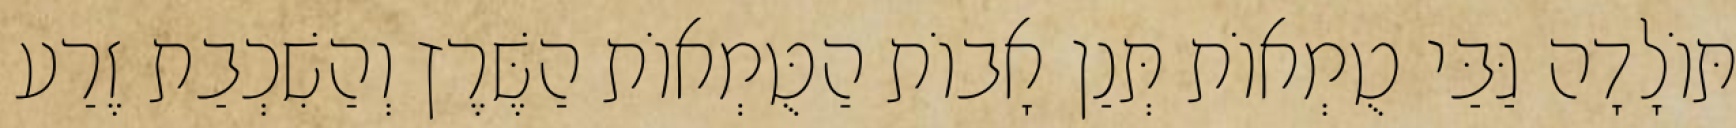
תּוֹלָדָה גַּבַּי טֻמְאוֹת תְּנַן אָבוֹת הַטֻּמְאוֹת הַשֶּׁרֶץ וְהַשִׁכְבַת זֶרַע